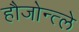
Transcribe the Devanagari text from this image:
हौजोन्त्ले